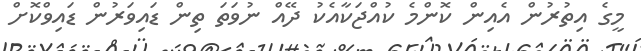
މީގެ އިތުރުން އެއިން ކޮންމެ ކުއްޖަކާއެކު ދޭއް ނުވަތަ ތިން ޑައިވަރުން ޑައިވްކޮށް